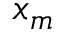
x _ { m }